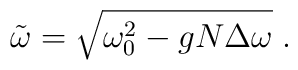
\tilde{\omega}=\sqrt{\omega_0^2-gN\Delta\omega}\;.